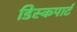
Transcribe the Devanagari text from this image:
डिस्कपार्ट